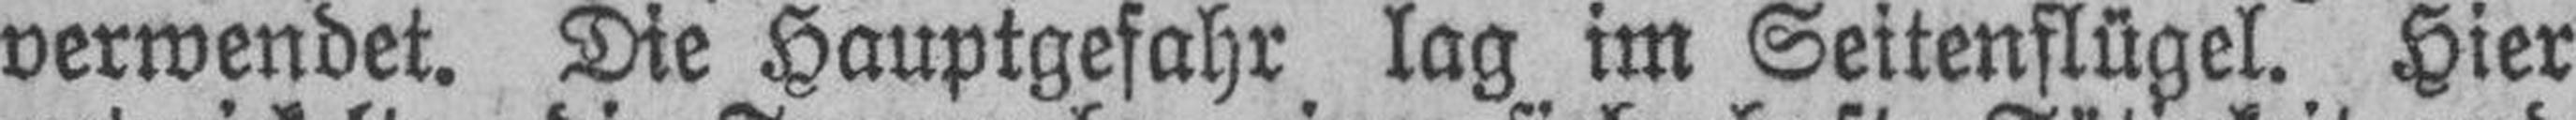
verwendet. Die Hauptgefahr lag im Seitenflügel. Hier